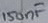
Text: 150nF